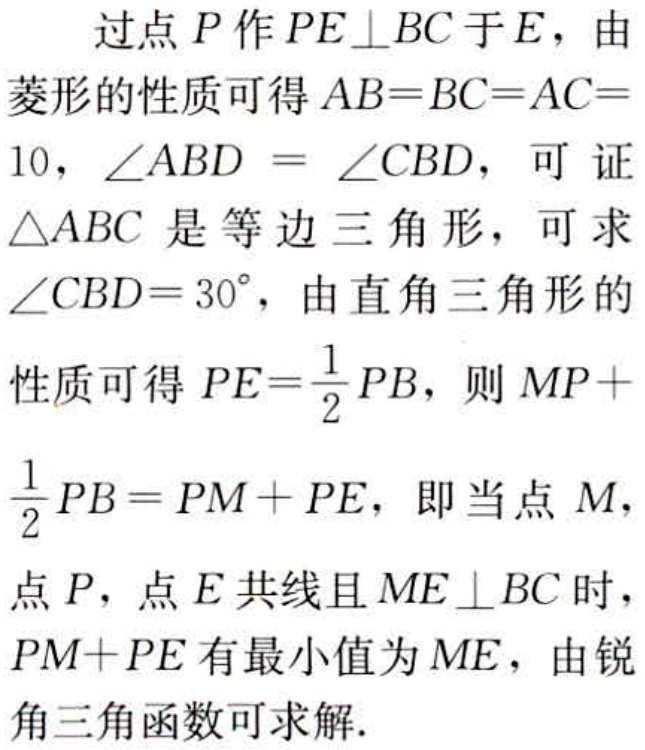
过点\(P\)作\(PE\perp BC\)于\(E\)，由

菱形的性质可得\(AB = BC = AC =\)

\(10\)，\(\angle ABD=\angle CBD\)，可证

\(\triangle ABC\)是等边三角形，可求

\(\angle CBD = 30^{\circ}\)，由直角三角形的

性质可得\(PE=\frac{1}{2}PB\)，则\(MP +\)

\(\frac{1}{2}PB=PM + PE\)，即当点\(M\)，

点\(P\)，点\(E\)共线且\(ME\perp BC\)时，

\(PM + PE\)有最小值为\(ME\)，由锐

角三角函数可求解.